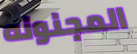
المجنونه